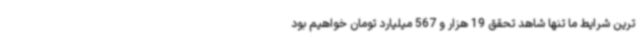
ترین شرایط ما تنها شاهد تحقق 19 هزار و 567 میلیارد تومان خواهیم بود